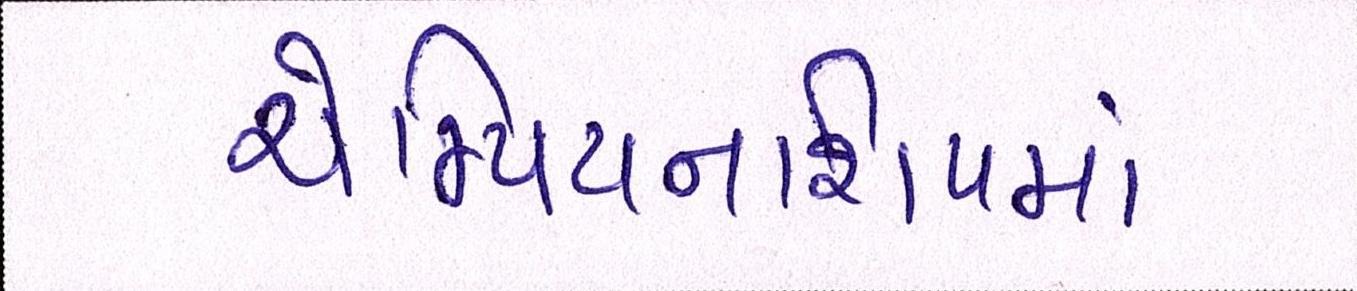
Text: ચેમ્પિયનશિપમાં